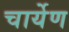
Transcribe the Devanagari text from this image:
चार्येण